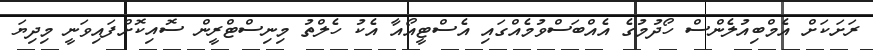
ރަށަކަށް އެމްބިއުލެންސް ހޯދުމުގެ އެއްބަސްވުމެއްގައި އެސްޓީއޯއާ އެކު ހެލްތު މިނިސްޓްރީން ސޮއިކޮށްފައިވަނީ މިދިޔަ